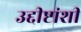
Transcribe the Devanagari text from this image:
उद्दीष्टांशी